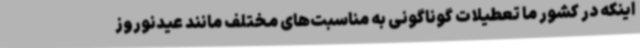
اینکه در کشور ما تعطیلات گوناگونی به مناسبت‌های مختلف مانند عیدنوروز